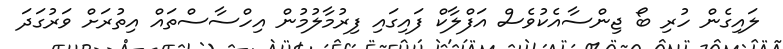
ލައިގެން ހުރި ބޯ ޖިންސާއެކުވެސް އަފްލާކް ފައިގައި ފިރުމާލުމުން އިހްސާސްތައް އިތުރަށް ވަރުގަދަ